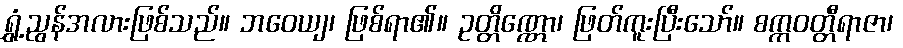
ရွှံ့ညွန်အလားဖြစ်သည်။ ဘဝေယျ၊ ဖြစ်ရာ၏။ ဥတ္တိဏ္ဏော၊ ဖြတ်ကူးပြီးသော်။ စက္ကဝတ္တီရာဇာ၊